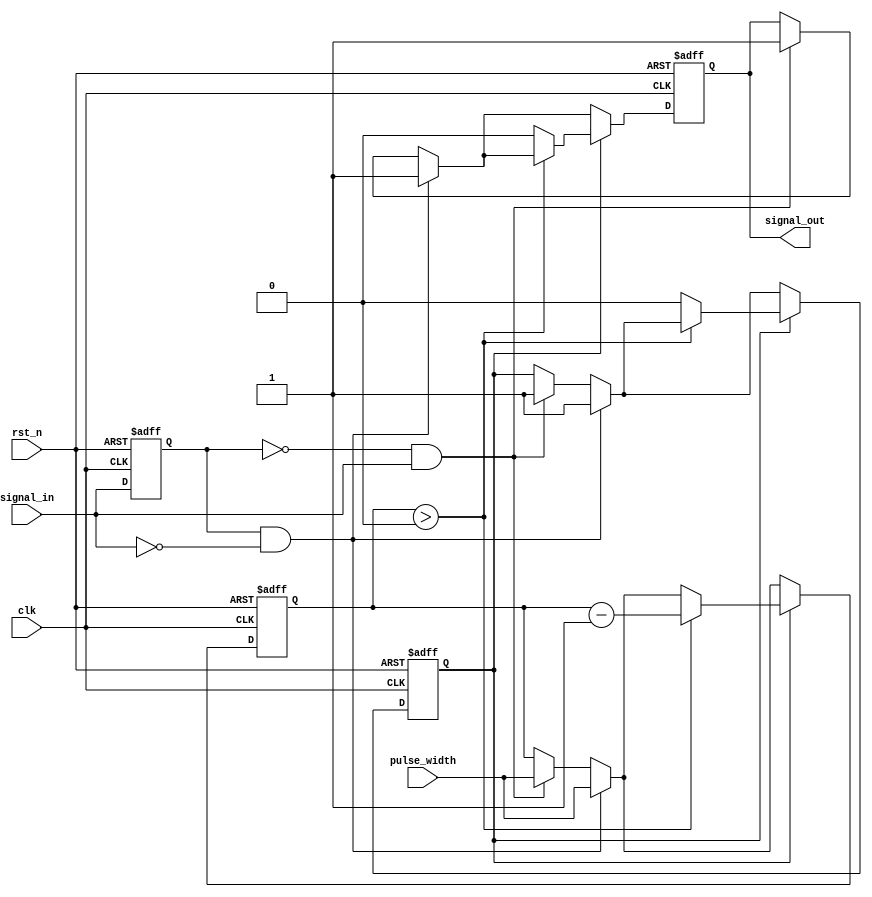
module monostable_edge_detector (
    input wire clk,            // Clock signal
    input wire rst_n,         // Active-low reset signal
    input wire signal_in,     // Input signal to monitor for edges
    input wire [31:0] pulse_width, // Pulse width duration in clock cycles
    output reg signal_out      // Output pulse signal
);

    reg signal_in_prev;       // Previous state of the input signal
    reg [31:0] counter;       // Counter for pulse width
    reg pulse_active;         // Indicates if pulse is currently active

    // Edge detection and pulse generation logic
    always @(posedge clk or negedge rst_n) begin
        if (!rst_n) begin
            signal_in_prev <= 1'b0;
            signal_out <= 1'b0;
            counter <= 32'b0;
            pulse_active <= 1'b0;
        end else begin
            // Store the previous state of the input signal
            signal_in_prev <= signal_in;

            // Check for rising edge
            if (signal_in_prev == 1'b0 && signal_in == 1'b1) begin
                // Rising edge detected
                signal_out <= 1'b1;      // Start the output pulse
                counter <= pulse_width;  // Set the counter for the pulse width
                pulse_active <= 1'b1;    // Mark pulse as active
            end

            // Check for falling edge
            if (signal_in_prev == 1'b1 && signal_in == 1'b0) begin
                // Falling edge detected
                signal_out <= 1'b1;      // Start the output pulse
                counter <= pulse_width;  // Set the counter for the pulse width
                pulse_active <= 1'b1;    // Mark pulse as active
            end

            // Pulse width counter logic
            if (pulse_active) begin
                if (counter > 0) begin
                    counter <= counter - 1; // Decrement the counter
                end else begin
                    signal_out <= 1'b0;      // End the output pulse
                    pulse_active <= 1'b0;    // Mark pulse as inactive
                end
            end
        end
    end

endmodule